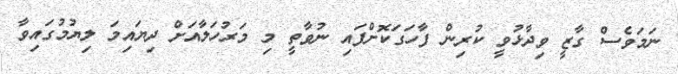
ނަމަވެސް ގާޒީ ވިދާޅުވީ ކުރިން ފާހަގަކޮށްފައި ނުވާތީ މި މަރުހަލާއަށް ދިޔައިމަ ލިޔުމުގައިވާ